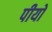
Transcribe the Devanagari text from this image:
पीयो